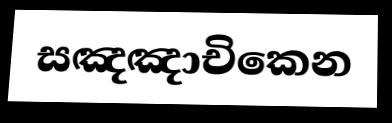
සඤඤාචිකෙන